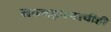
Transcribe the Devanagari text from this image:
तत्त्वज्ञानाचीही